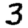
Digit: 3